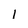
Character: l